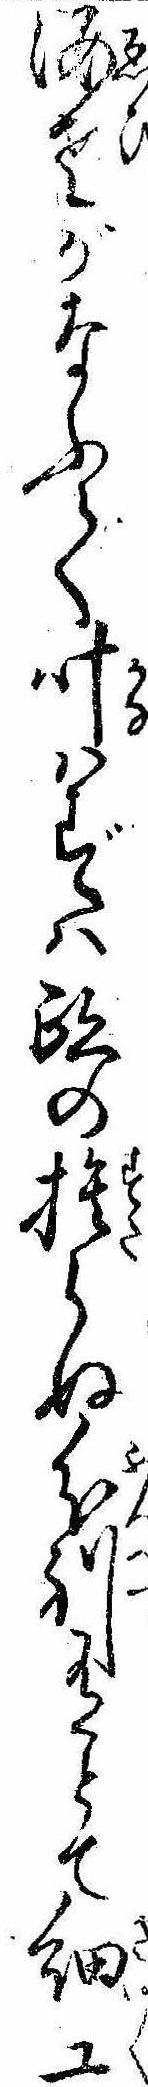
海老がなふて叶はずは跡の捨らぬ分別有とて細工